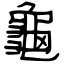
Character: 龜